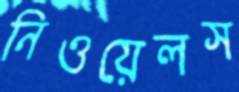
নিওয়েলস